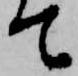
て